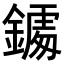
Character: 𨬀